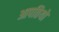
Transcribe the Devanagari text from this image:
आपतियों